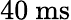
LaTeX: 40~\mathrm{{ms}}